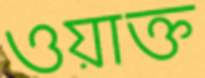
ওয়াক্ত